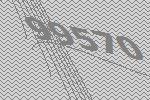
99570